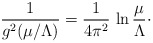
\begin{align*}{1\over g^{2}(\mu/\Lambda)} = {1\over 4\pi^{2}}\, \ln {\mu\over\Lambda}\cdotp\end{align*}